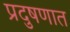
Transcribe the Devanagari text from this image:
प्रदुषणात